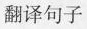
翻译句子